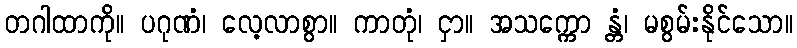
တဂါထာကို။ ပဂုဏံ၊ လေ့လာစွာ။ ကာတုံ၊ ငှာ။ အသက္ကော န္တံ၊ မစွမ်းနိုင်သော။